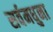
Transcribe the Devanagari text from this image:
सर्वमधुना